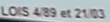
LOIS/4/89 et